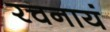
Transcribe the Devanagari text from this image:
रचनायं